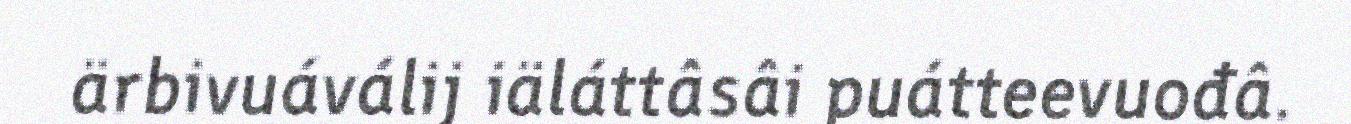
ärbivuáválij iäláttâsâi puátteevuođâ.